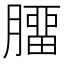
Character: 𦠝